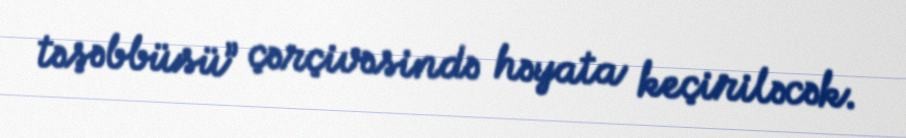
təşəbbüsü” çərçivəsində həyata keçiriləcək.